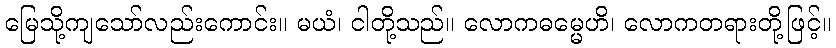
မြေသို့ကျသော်လည်းကောင်း။ မယံ၊ ငါတို့သည်။ လောကဓမ္မေဟိ၊ လောကတရားတို့ဖြင့်။